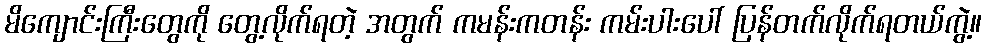
မိကျောင်းကြီးတွေကို တွေ့လိုက်ရတဲ့ အတွက် ကမန်းကတန်း ကမ်းပါးပေါ် ပြန်တက်လိုက်ရတယ်ကွဲ့။